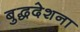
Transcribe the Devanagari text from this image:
बुद्धदेशना